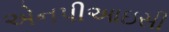
એનપીઆઇસી